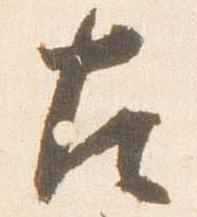
左